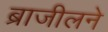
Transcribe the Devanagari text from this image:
ब्राजीलने